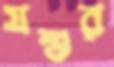
যশুর